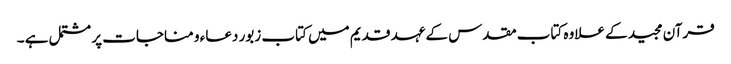
قرآن مجید کے علاوہ کتاب مقدس کے عہد قدیم میں کتاب زبور دعاء و مناجات پر مشتمل ہے ۔